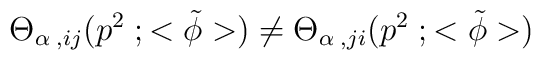
{\Theta}_{{\alpha}\;,ij}(p^2\;;<{\tilde \phi}>) \neq {\Theta}_{{\alpha}\;,ji}(p^2\;;<{\tilde \phi}>)